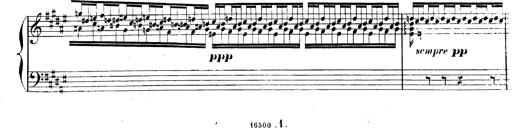
Title: AnnÃ©es de pÃ¨lerinage II, SupplÃ©ment
Composer: Franz Liszt